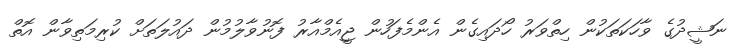
ނަޝީދުގެ ވާހަކަތަކުން ހިތްވަރު ހޯދައިގެން އެންމެފަހުން ޖީއެމްއާރު ފޮނުވާލުމުން ދައުލަތަށް ކުރިމަތިވާން އޮތް